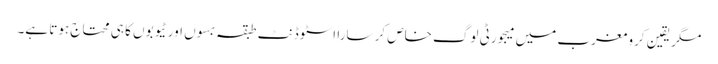
مگر یقین کرو مغرب میں میجورٹی لوگ خاص کر سارا اسٹوڈنٹ طبقہ بسوں اور ٹیوبوں کا ہی محتاج ہوتا ہے۔